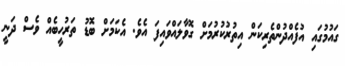
ގައުމުގައި އުފެއްދުންތެރިކަން އިތުރުކުރުމަށް ގޮވާލައްވައިފަ އެވެ. އެކަމަށް ބޮޑު ތަރުހީބެއް ވެސް ދަނީ